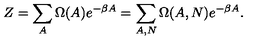
Z = \sum _ { A } \Omega ( A ) e ^ { - \beta A } = \sum _ { A , N } \Omega ( A , N ) e ^ { - \beta A } .